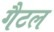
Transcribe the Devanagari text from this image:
गैटल